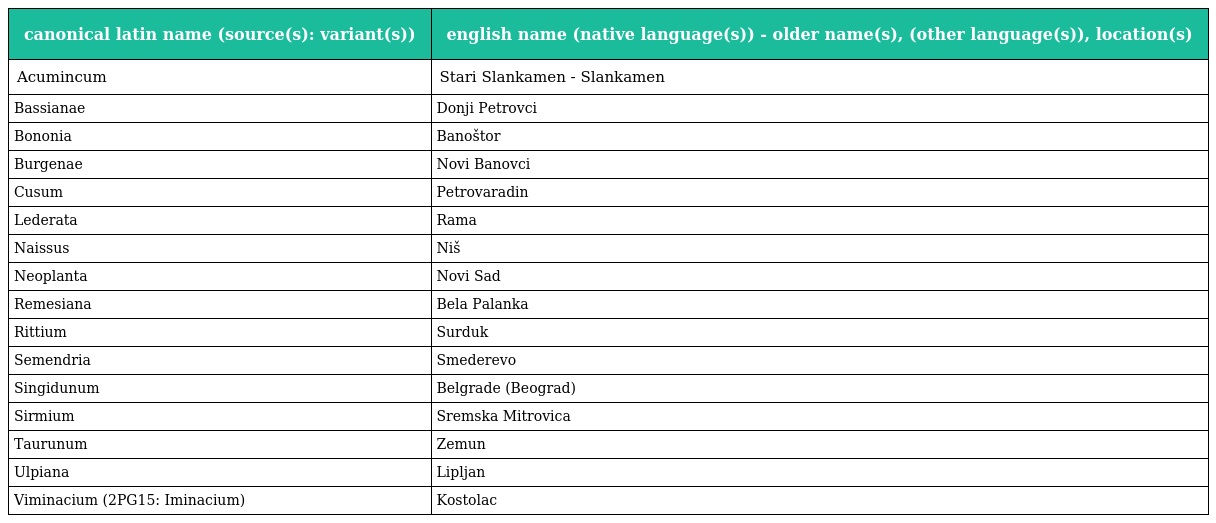
| canonical latin name (source(s): variant(s)) | english name (native language(s)) - older name(s), (other language(s)), location(s) |
 | --- | --- |
 | Acumincum | Stari Slankamen - Slankamen |
 | Bassianae | Donji Petrovci |
 | Bononia | Banoštor |
 | Burgenae | Novi Banovci |
 | Cusum | Petrovaradin |
 | Lederata | Rama |
 | Naissus | Niš |
 | Neoplanta | Novi Sad |
 | Remesiana | Bela Palanka |
 | Rittium | Surduk |
 | Semendria | Smederevo |
 | Singidunum | Belgrade (Beograd) |
 | Sirmium | Sremska Mitrovica |
 | Taurunum | Zemun |
 | Ulpiana | Lipljan |
 | Viminacium (2PG15: Iminacium) | Kostolac |